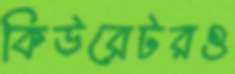
কিউরেটরও